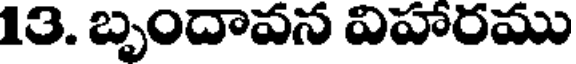
13. బృందావన విహారము